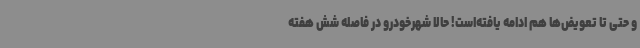
و حتی تا تعویض‌ها هم ادامه یافته‌است! حالا شهرخودرو در فاصله شش هفته